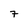
Character: 7